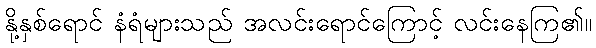
နို့နှစ်ရောင် နံရံများသည် အလင်းရောင်ကြောင့် လင်းနေကြ၏။